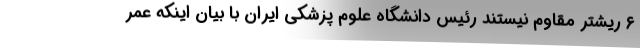
۶ ریشتر مقاوم نیستند رئیس دانشگاه علوم پزشکی ایران با بیان اینکه عمر